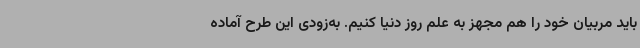
باید مربیان خود را هم مجهز به علم روز دنیا کنیم. به‌زودی این طرح آماده